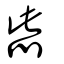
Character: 啙